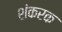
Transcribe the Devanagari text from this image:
शंकरक